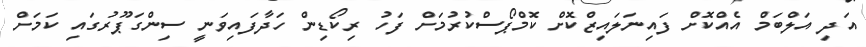
އަދި އަލްބަމް އެއްކޮށް ފައިނަލައިޒްކޮށް ކޮމްޕޯސްކުރުމަށް ފަހު ރިކޯޑިން ހަދާފައިވަނީ ސިންގަޕޫރުގައި ކަމަށް